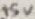
Text: +5V